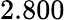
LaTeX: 2.800